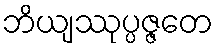
ဘိယျဿုပ္ပဇ္ဇတေ